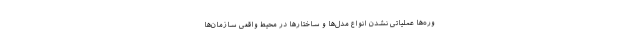
وره‌ها عملیاتی نشدن انواع مدل‌ها و ساختارها در محیط واقعی سازمان‌ها